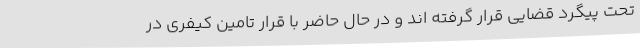
تحت پیگرد قضایی قرار گرفته اند و در حال حاضر با قرار تامین کیفری در